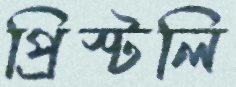
প্রিস্টলি